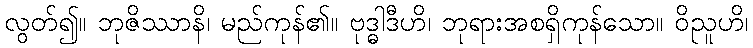
လွတ်၍။ ဘုဇိဿာနိ၊ မည်ကုန်၏။ ဗုဒ္ဓါဒီဟိ၊ ဘုရားအစရှိကုန်သော။ ဝိညူဟိ၊